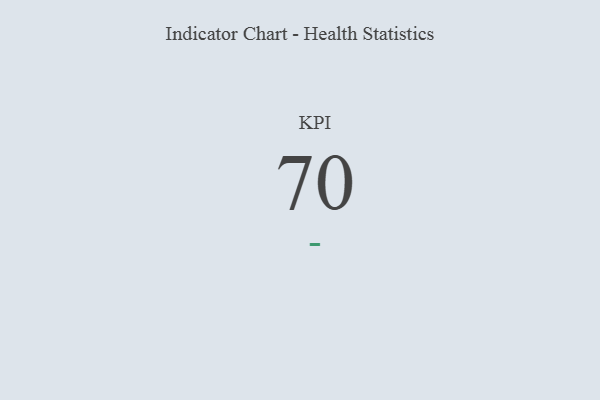
{"axis": {"x": "KPI", "y": "Value"}, "legend": [""], "data": [{"x": "KPI", "y": 70, "type": ""}]}